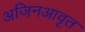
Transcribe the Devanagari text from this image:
अजिनआवृत